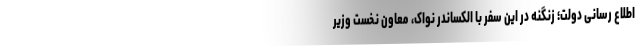
اطلاع رسانی دولت؛ زنگنه در این سفر با الکساندر نواک، معاون نخست وزیر